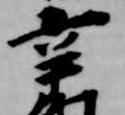
辛